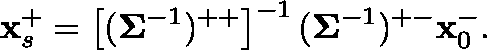
\mathbf { x } _ { s } ^ { + } = \left[ ( \mathbf { \Sigma } ^ { - 1 } ) ^ { + + } \right] ^ { - 1 } ( \mathbf { \Sigma } ^ { - 1 } ) ^ { + - } \mathbf { x } _ { 0 } ^ { - } .